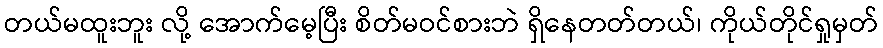
တယ်မထူးဘူး လို့ အောက်မေ့ပြီး စိတ်မဝင်စားဘဲ ရှိနေတတ်တယ်၊ ကိုယ်တိုင်ရှုမှတ်